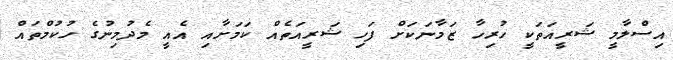
އިސްލާމީ ޝަރީއަތަކީ ހުރިހާ ޒަމާނަކަށް ފަހި ޝަރީއަތެއް ކަމަށާއި އެއީ މެދުމިނުގެ ހުކުމްތައް